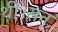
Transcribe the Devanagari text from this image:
थीं।सन्